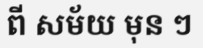
ពី សម័យ មុន ៗ